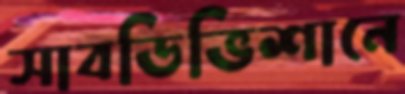
সাবডিভিশানে